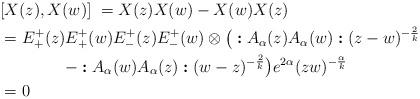
LaTeX: \begin{align*}&\lefteqn{[X(z),X(w)]\;= X(z)X(w)-X(w)X(z)}\\&=E^+_+(z)E^+_+(w)E^+_-(z)E^+_-(w)\otimes\big(\boldsymbol{:}A_{\alpha}(z)A_\alpha(w)\boldsymbol{:}(z-w)^{-\frac{2}{k}}\\&\qquad\qquad-\boldsymbol{:}A_{\alpha}(w)A_\alpha(z)\boldsymbol{:}(w-z)^{-\frac{2}{k}}\big)e^{2\alpha}(zw)^{-\frac{\alpha}{k}}\\&=0\end{align*}